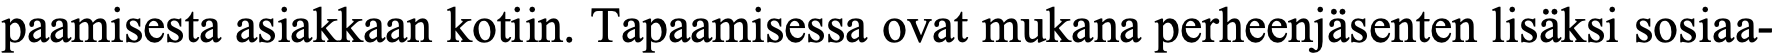
paamisesta asiakkaan kotiin. Tapaamisessa ovat mukana perheenjäsenten lisäksi sosiaa-